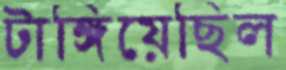
টাঙ্গিয়েছিল